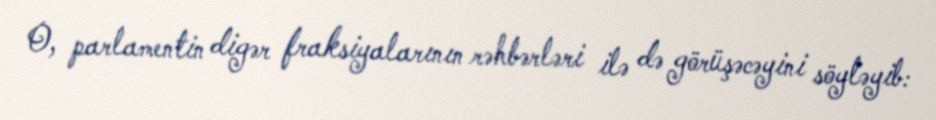
O, parlamentin digər fraksiyalarının rəhbərləri ilə də görüşəcəyini söyləyib: